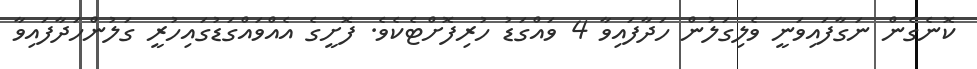
ކޮނެގެން ނަގާފައިވަނީ ވެލިގަލުން ހަދާފައިވާ 4 ވައްގަޑު ހުރިފޮށްޓެކެވެ. ފޮށީގެ އެއްވައްގަޑުގައިހުރީ ގަލުންހަދާފައިވާ